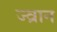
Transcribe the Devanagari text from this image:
ज्व्रान